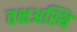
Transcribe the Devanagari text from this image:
वक्षअस्थि